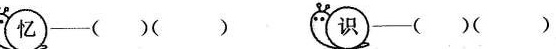
忆——()() 识——( )()